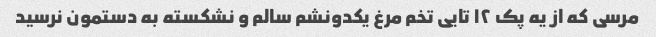
مرسی که از یه پک ۱۲ تایی تخم مرغ یکدونشم سالم و نشکسته به دستمون نرسید